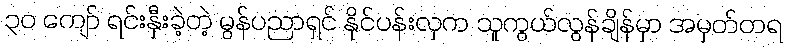
၃၀ ကျော် ရင်းနှီးခဲ့တဲ့ မွန်ပညာရှင် နိုင်ပန်းလှက သူကွယ်လွန်ချိန်မှာ အမှတ်တရ